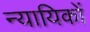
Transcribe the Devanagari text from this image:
न्यायिकों